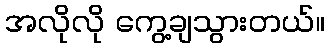
အလိုလို ကွေ့ချသွားတယ်။